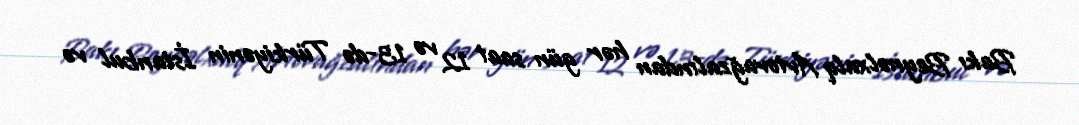
Bakı Beynəlxalq Avtovağzalından hər gün saat 12 və 13-də Türkiyənin İstanbul və